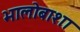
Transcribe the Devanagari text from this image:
भालोबाशा